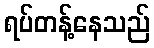
ရပ်တန့်နေသည်